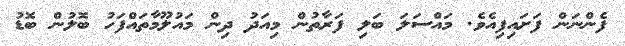
ފެންނަން ފަށައިފިއެވެ. މައްސަލަ ބަލި ފަރާތުން މިއަދު ދިން މައުލޫމާތައްފަހު ބޮލުން ބޮޑު